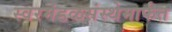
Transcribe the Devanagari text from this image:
स्वरमंडळसंस्थेमार्फत